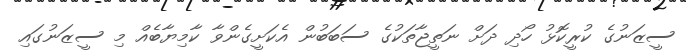
ސީޒަނުގެ ކުރީކޮޅު ހޯދި ދަށް ނަތީޖާތަކުގެ ސަބަބުން އެކަށީގެންވާ ކާމިޔާބެއް މި ސީޒަނުގައި